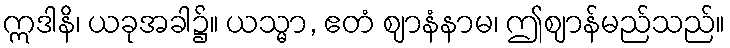
ဣဒါနိ၊ ယခုအခါ၌။ ယသ္မာ, ဧတံ ဈာနံနာမ၊ ဤဈာန်မည်သည်။